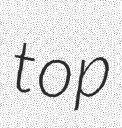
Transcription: top